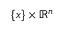
\{ x \} \times \mathbb { R } ^ { n }